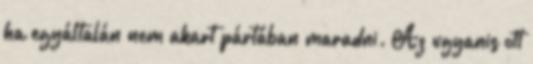
ha egyáltalán nem akart pártában maradni. Az ugyanis ott